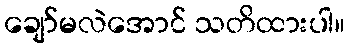
ချော်မလဲအောင် သတိထားပါ။